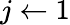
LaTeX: j\gets 1